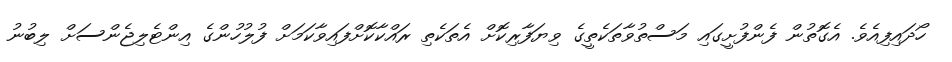
ހޯދައިފިއެވެ. އެގޮތުން ފެންފުށީގައި މަސްތުވާތަކެތީގެ ވިޔަފާރިކޮށް އެތަކެތި ރައްކާކޮށްފައިވާކަމަށް ފުލުހުންގެ އިންޓެލިޖެންސަށް ލިބުނު